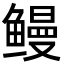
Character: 鳗